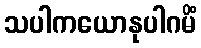
သပါကယောနုပါဂမိံ